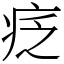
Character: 疺